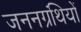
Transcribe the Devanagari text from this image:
जननग्रंथियों